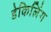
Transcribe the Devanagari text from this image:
डेकिलिंग